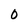
Character: O